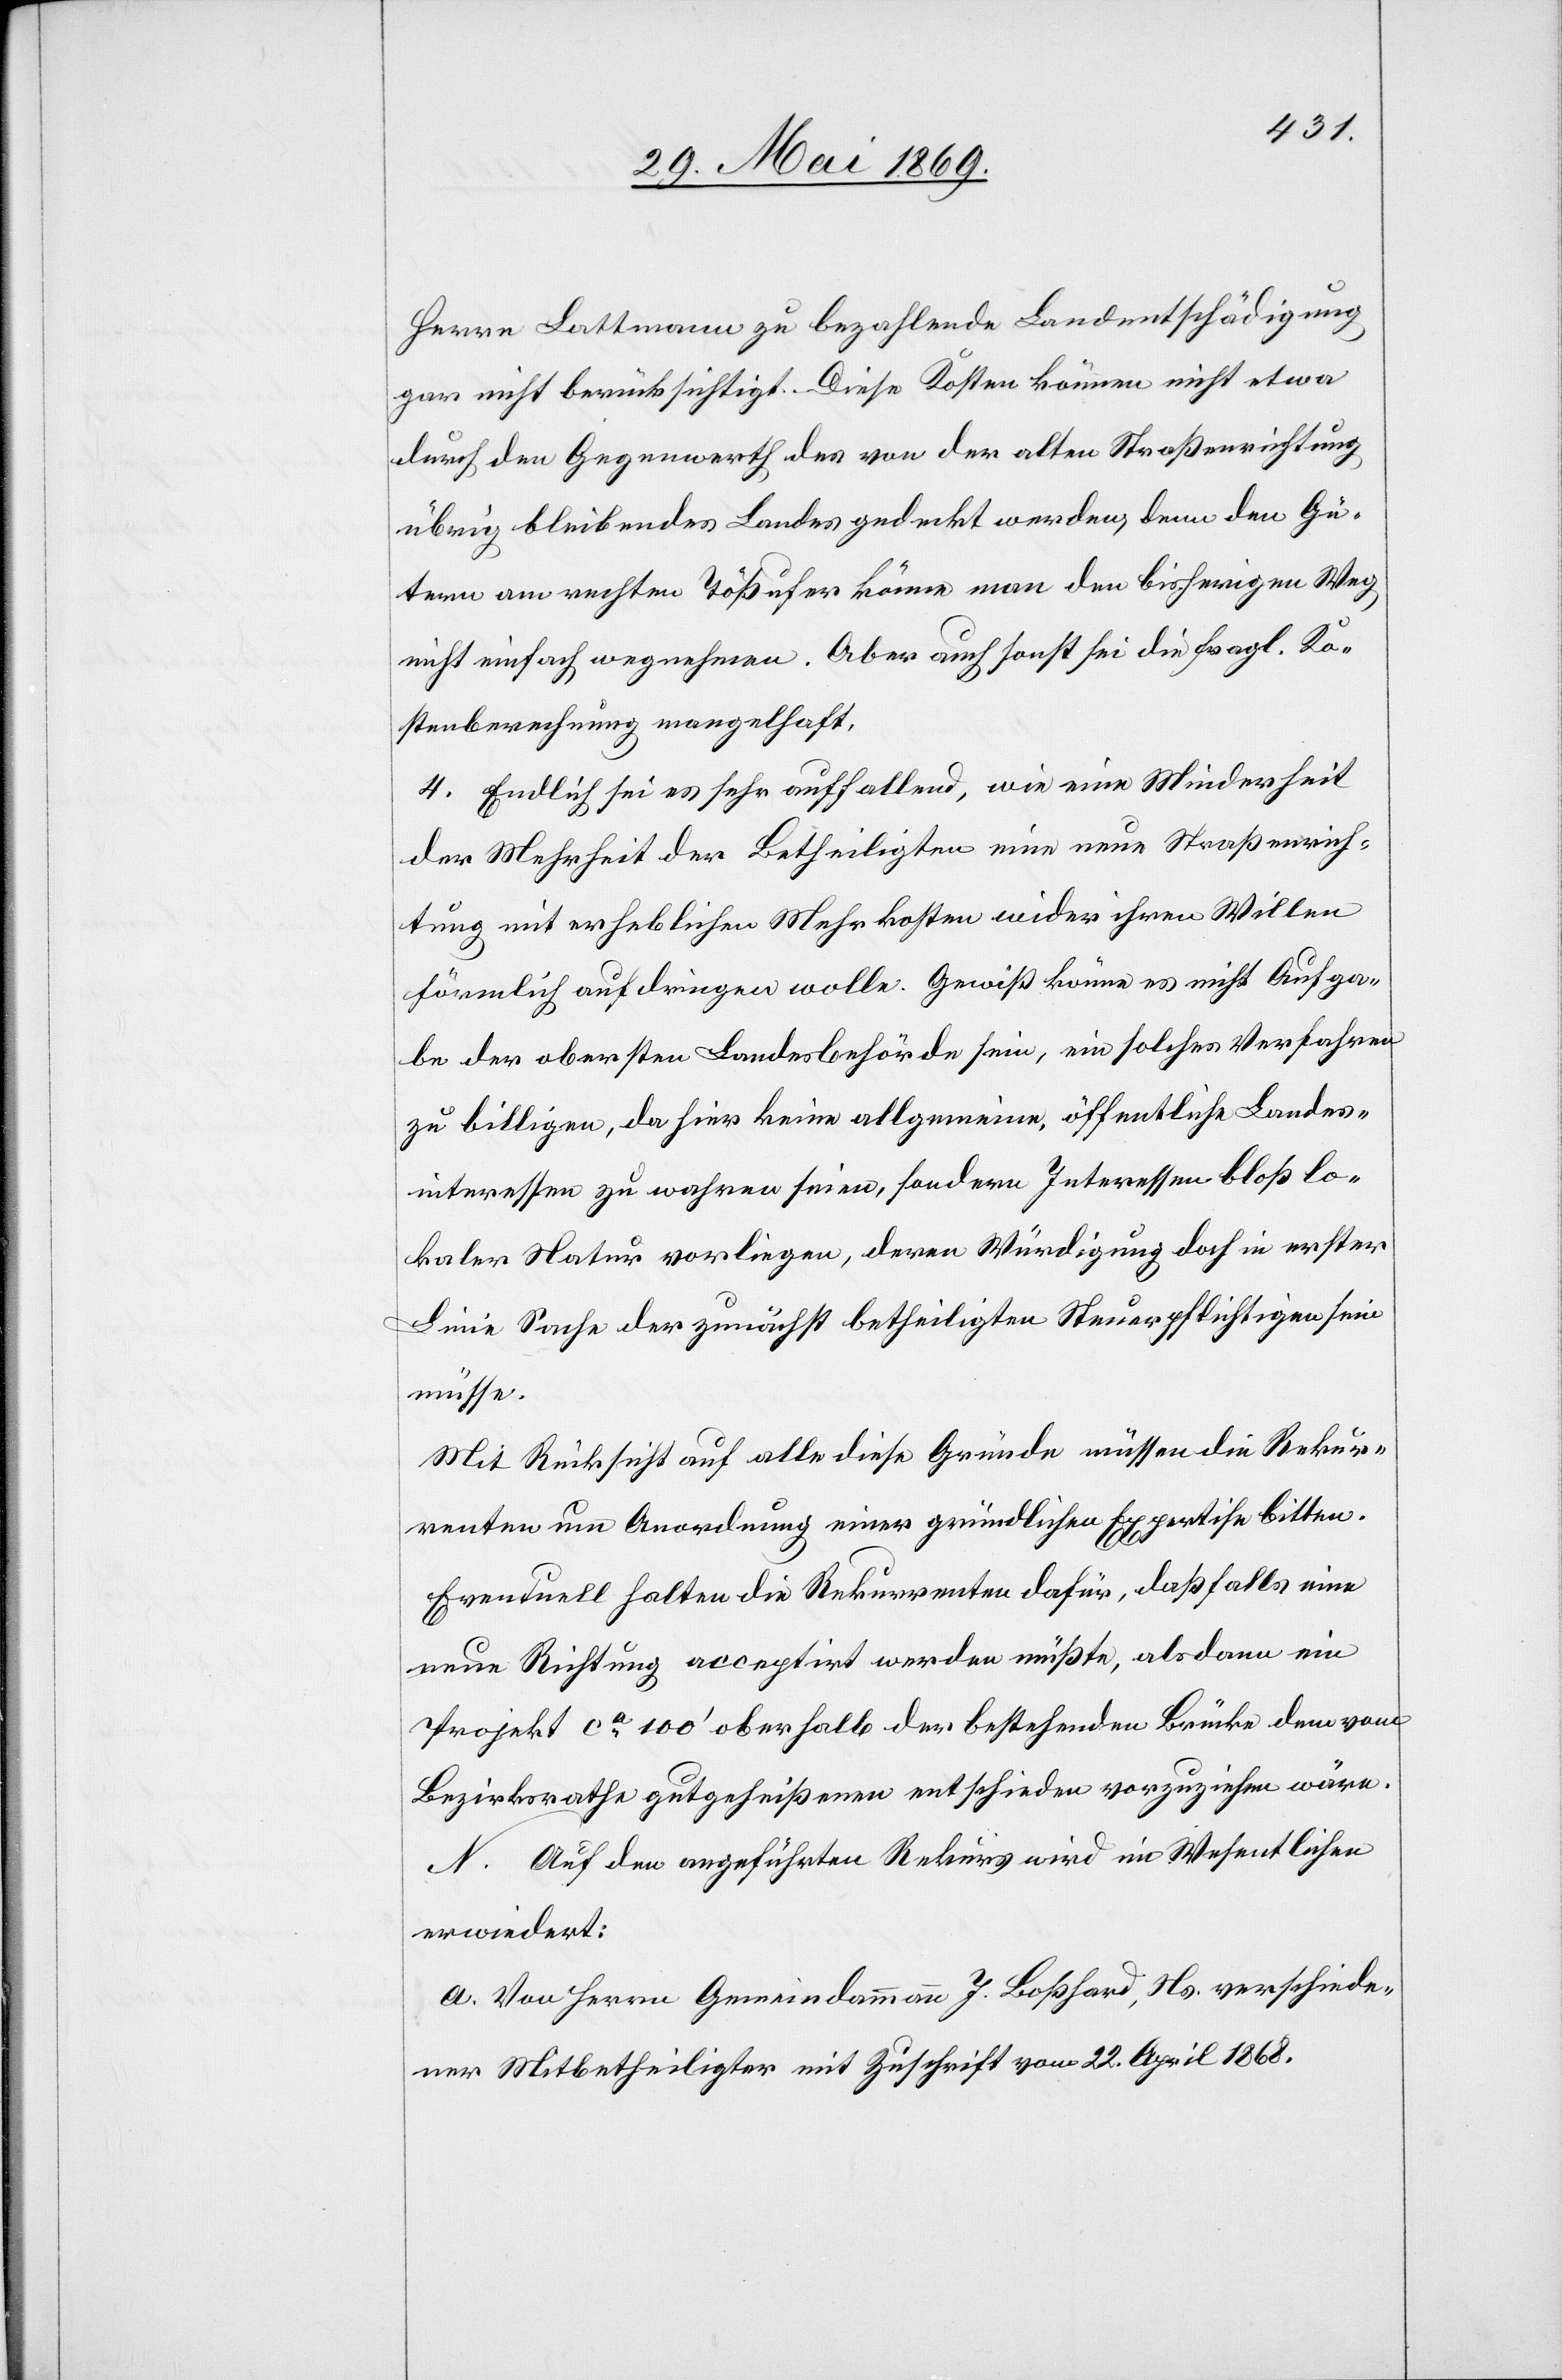
Herrn Lattmann zu bezahlende Landentschädigung
gar nicht berücksichtigt. Diese Kosten können nicht etwa
durch den Gegenwerth des von der alten Straßenrichtung
übrig bleibendes [sic!] Landes gedeckt werden, denn den Gü¬
tern am rechten Tößufer könne man den bisherigen Weg
nicht einfach wegnehmen. Aber auch sonst sei die fragl. Ko¬
stenberechnung mangelhaft.
4. Endlich sei es sehr auffallend, wie eine Minderheit
der Mehrheit der Betheiligten eine neue Straßenrich¬
tung mit erheblichen Mehrkosten wider ihren Willen
förmlich aufdringen wolle. Gewiß könne es nicht Aufga¬
be der obersten Landesbehörde sein, ein solches Verfahren
zu billigen, da hier keine allgemeine, öffentliche Landes¬
interessen zu wahren seien, sondern Interessen bloß lo¬
kaler Natur vorliegen, deren Würdigung doch in erster
Linie Sache der zunächst betheiligten Steuerpflichtigen sein
müsse.
Mit Rücksicht auf alle diese Gründe müssen die Rekur¬
renten um Anordnung einer gründlichen Expertise bitten.
Eventuell halten die Rekurrenten dafür, daß falls eine
neue Richtung acceptirt werden müßte, alsdann ein
Projekt ca 100’ oberhalb der bestehenden Brücke dem vom
Bezirksrathe gutgeheißenen entschieden vorzuziehen wäre.
N. Auf den angeführten Rekurs wird im Wesentlichen
erwiedert:
a. Von Herrn Gemeindammann J. Boßhard, Ns. verschiede¬
ner Mitbetheiligter mit Zuschrift vom 22. April 1868.